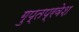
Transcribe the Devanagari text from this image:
गुप्तप्रवेश